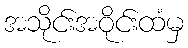
အသိုင်းအဝိုင်းထံမှ